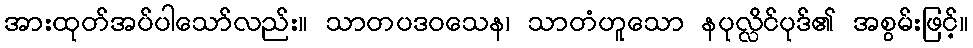
အားထုတ်အပ်ပါသော်လည်း။ သာတပဒဝသေန၊ သာတံဟူသော နပုလ္လိင်ပုဒ်၏ အစွမ်းဖြင့်။